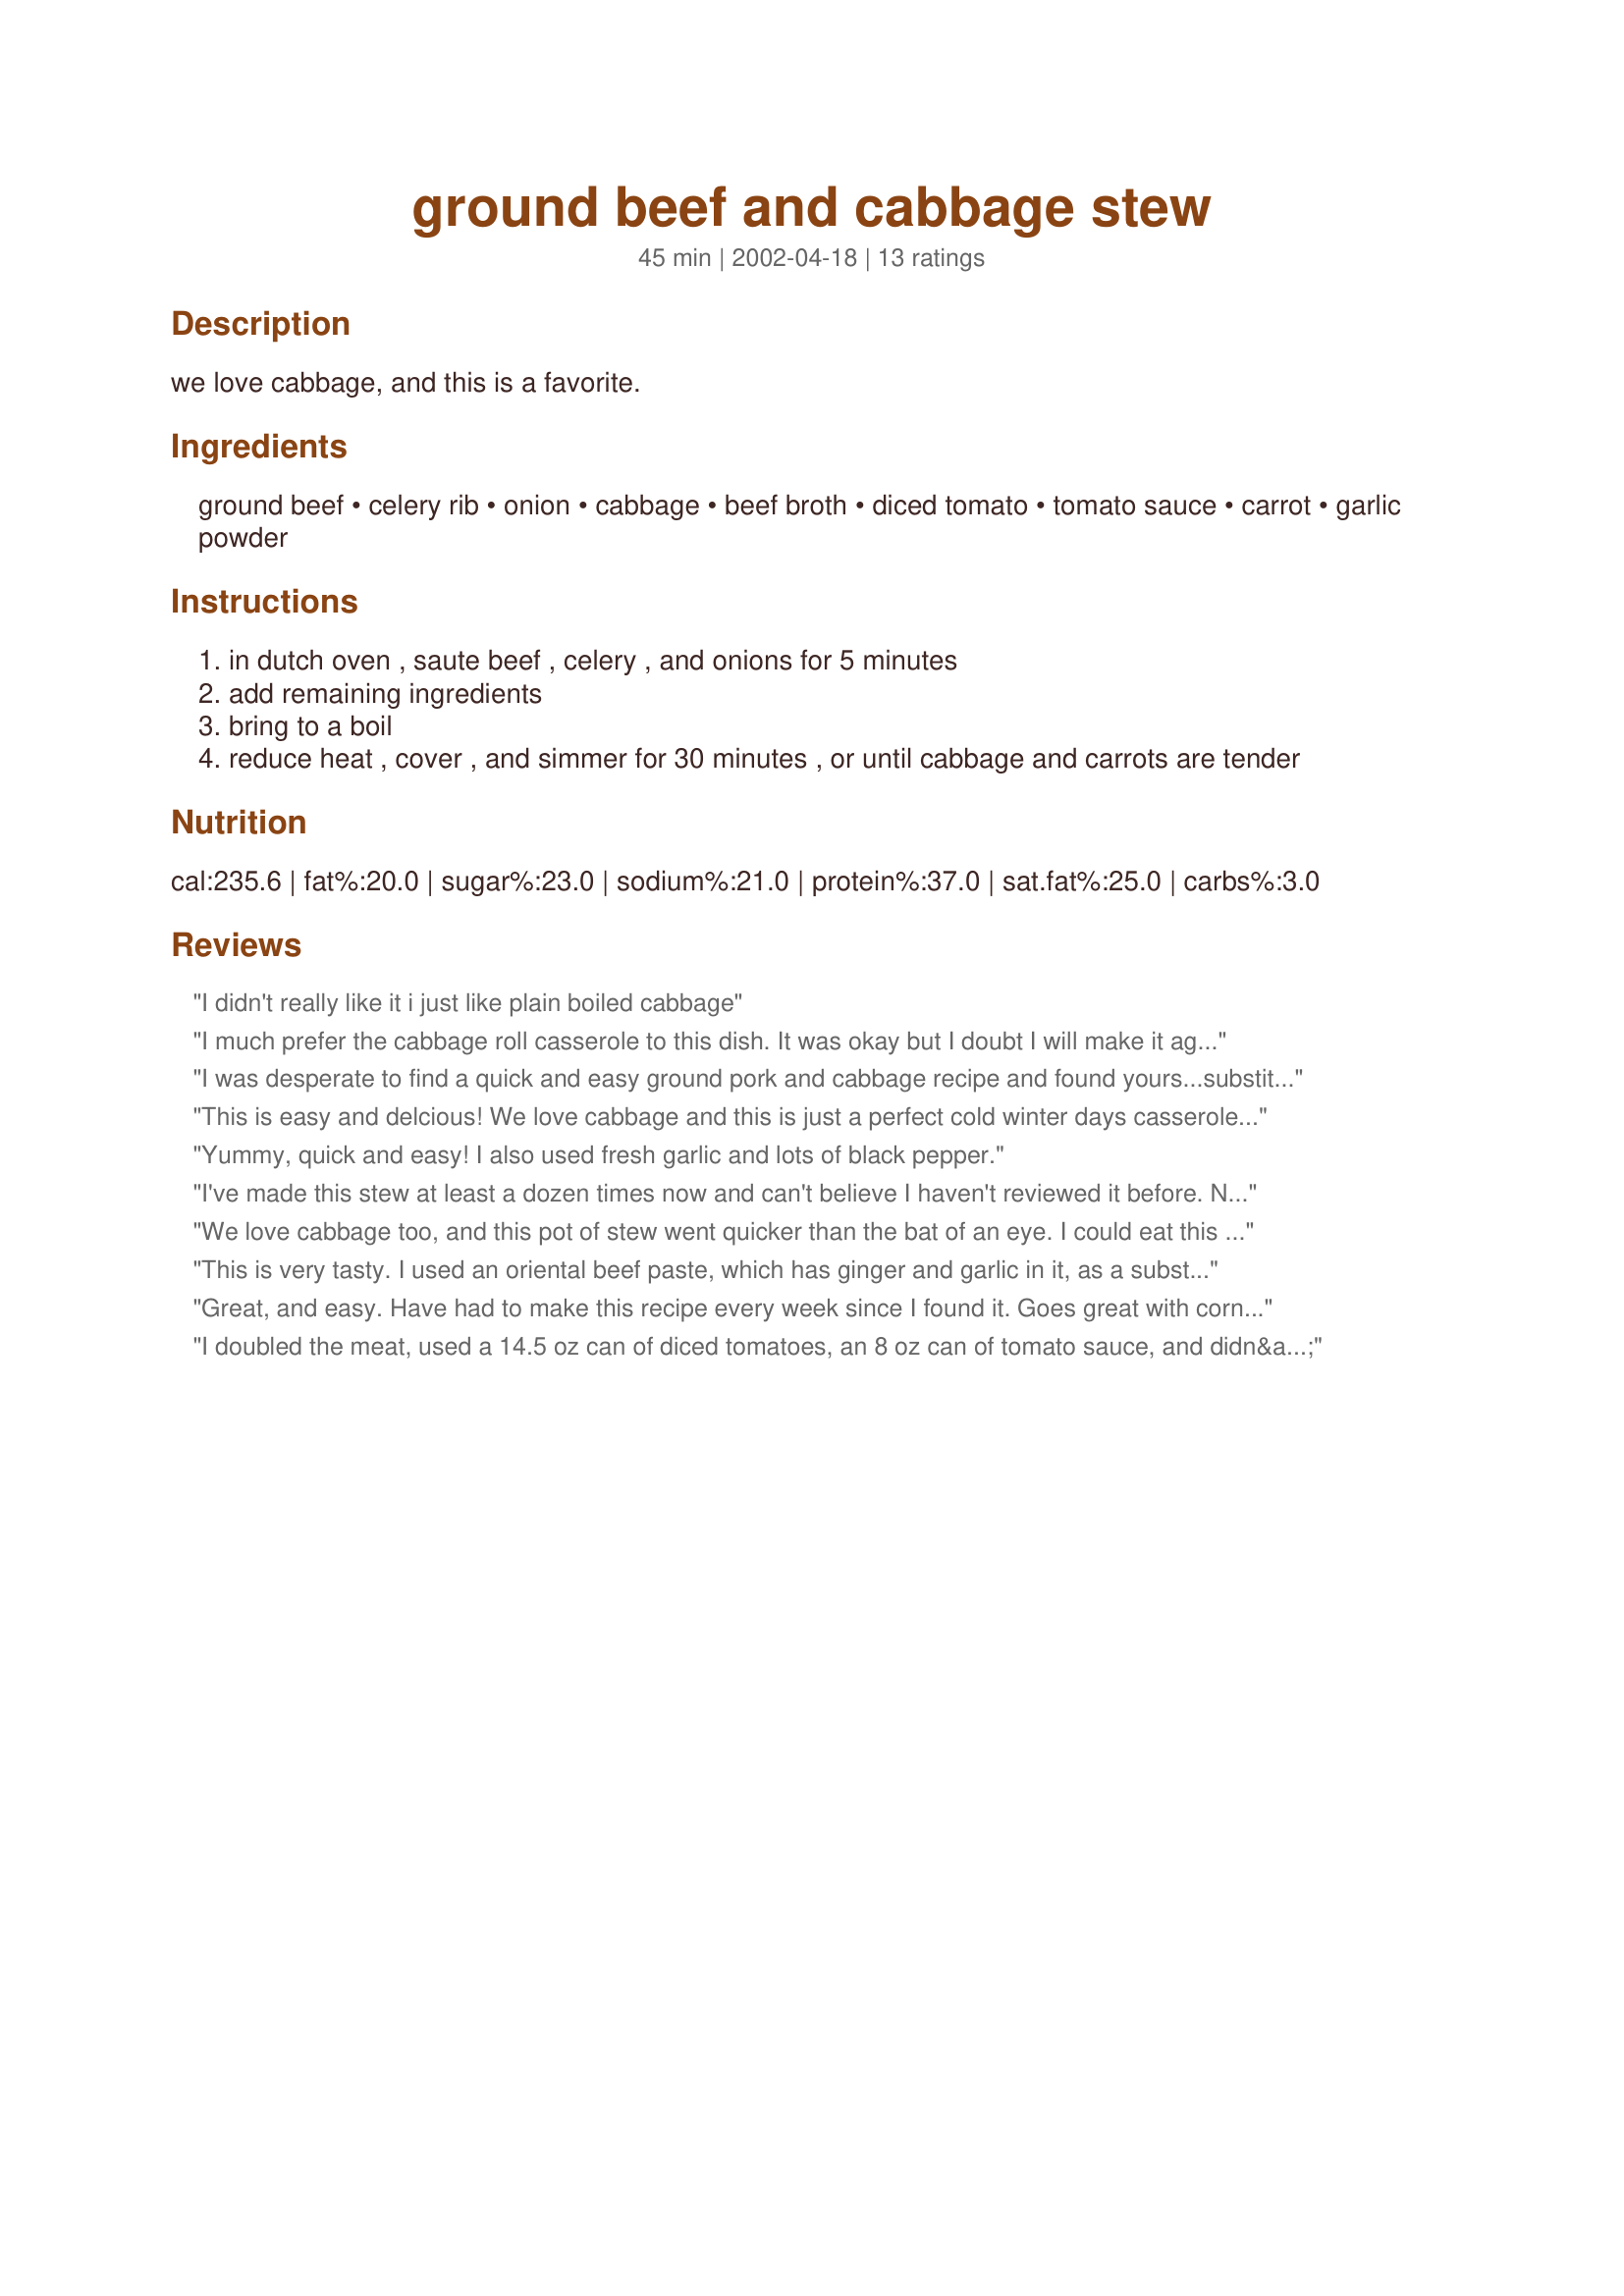
ground beef and cabbage stew
Preparation time: 45 minutes

we love cabbage, and this is a favorite.

Ingredients:
ground beef, celery rib, onion, cabbage, beef broth, diced tomato, tomato sauce, carrot, garlic powder

Steps:
in dutch oven , saute beef , celery , and onions for 5 minutes
add remaining ingredients
bring to a boil
reduce heat , cover , and simmer for 30 minutes , or until cabbage and carrots are tender

Reviews:
I didn't really like it i just like plain boiled cabbage
I much prefer the cabbage roll casserole to this dish.

It was okay but I doubt I will make it again.
I was desperate to find a quick and easy ground pork and cabbage recipe and found yours...substituted ground pork for the ground beef. It was so delicious. I agree with some of the other reviewers in that this recipe can be played with a lot. It is a cold winter day today and this really hit the spot. Thanks for sharing.
This is easy and delcious! We love cabbage and this is just a perfect cold winter days casserole. Thanks Inez for yet another winner!
Yummy, quick and easy! I also used fresh garlic and lots of black pepper.
I've made this stew at least a dozen times now and can't believe I haven't reviewed it before. Not only is it delicious, but ingredients are very easy to vary. I use a full pound of ground beef, sometimes add a can of green beans, often some thyme and oregano and always fresh garlic (more than is called for). The two of us eat it for 3-4 meals and it freezer well; it is so satisfying and healthy in addition. When I'm trying to drop a few pounds, this is my "stay" for a few days. I've shared it with many (including my 90 year old Dad who LOVES it)and they, too, say "Thank you MizzNezz."
We love cabbage too, and this pot of stew went quicker than the bat of an eye. I could eat this anytime; I think this would also make a nice meal served with warm bread on a cold winter day. No fuss and inexpensive.
This is very tasty. I used an oriental beef paste, which has ginger and garlic in it, as a substitute for the beef broth. The ginger taste really compliments this dish. I also doubled the liquid portion (broth) and added some egg noodles. Will definitely make again.
Great, and easy. Have had to make this recipe every week since I found it. Goes great with corn bread and makes a quick meal. Love cabbage and all the veggies, and it is soooo easy. Thanks.
I doubled the meat, used a 14.5 oz can of diced tomatoes, an 8 oz can of tomato sauce, and didn&#039;t measure the cabbage. So I guess I effectively doubled the dish while keeping the liquid the same. I also doubled the garlic powder. I found this to be way too bland. I salted it liberally while eating, but really, I think it needs more herbs and spices. Also, it was a bit wet, so I am definitely glad I didn&#039;t decide to also double the broth (it would have been soup, which wasn&#039;t what I was looking for).
Very nice Great for low carb diets!
Suprisingly delicious and colorful. I used half a cabbage head and end up with a pan full of veggies. A+ for taste, A+ for presentation. A++ for giving me a reason to eat my vegetables. Thank you for sharing your recipe.
Great recipe to play around with; I added Italian veggies,extra garlic & some cheese tortellini...very hearty & yummy. Thanks
